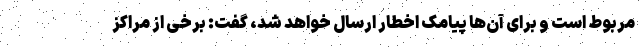
مربوط است و برای آن‌ها پیامک اخطار ارسال خواهد شد، گفت: برخی از مراکز